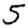
Digit: 5